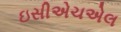
ઇસીએચએલ